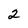
Character: 2